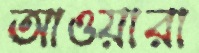
আওয়ারা